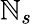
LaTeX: \mathbb{N}_{s}